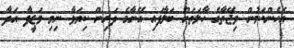
އެހެންކަމުން ވިޖޭތާގެ ހާލަތަށް ބަލާފައި އޭނާގެ ދަރިން ކިޔަވާ ނިމި ވަޒީފާ އަދާ